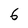
Character: 6